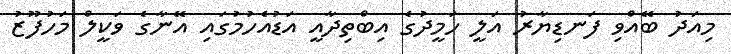
މިއަދު ބޭއްވި ފަނޑިޔާރު އަލީ ހަމީދުގެ އިބްތިދާއީ އަޑުއެހުމުގައި އޭނާގެ ވަކީލް މަހުފޫޒު